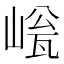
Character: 𡹳